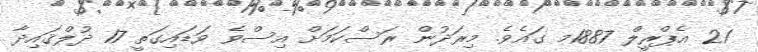
21 އެޕްރީލް 1887މ ގައެވެ. މިރަދުން ރަސްކަމަށް އިސްވެ ވަޑައިގަތީ 17 ޛުލްޤައިދާ